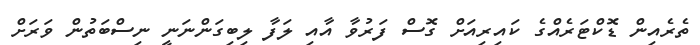
ތެރެއިން ޑޮކްޓަރެއްގެ ކައިރިއަށް ގޮސް ފަރުވާ އާއި ލަފާ ލިބިގަންނަނީ ނިސްބަތުން ވަރަށް